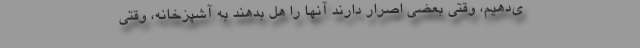
ی‌دهیم، وقتی بعضی اصرار دارند آنها را هل بدهند به آشپزخانه، وقتی